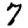
Digit: 7